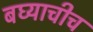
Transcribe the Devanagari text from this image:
बघ्याचीच